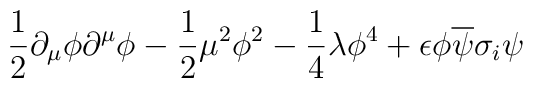
\frac{1}{2} \partial _\mu \phi \partial ^\mu \phi-\frac{1}{2} \mu ^2 \phi ^2 - \frac{1}{4} \lambda \phi ^4+ \epsilon \phi \overline{\psi} \sigma _i \psi